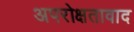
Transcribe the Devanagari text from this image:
अपरोक्षतावाद